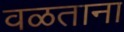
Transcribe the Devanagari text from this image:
वळताना